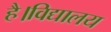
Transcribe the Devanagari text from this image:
है।विद्यालय